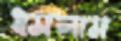
ধসলাম